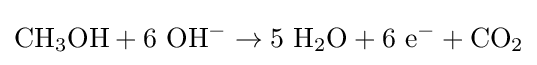
\mathrm {CH_{3}OH+6\ OH^{-}\to 5\ H_{2}O+6\ e^{-}+CO_{2}}